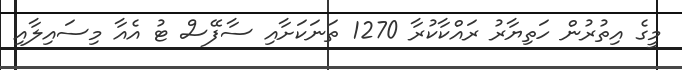
މީގެ އިތުރުން ހަތިޔާރު ރައްކާކުރާ 1270 ތަނަކަށާއި ސާފޭސް ޓު އެއާ މިސައިލާއި